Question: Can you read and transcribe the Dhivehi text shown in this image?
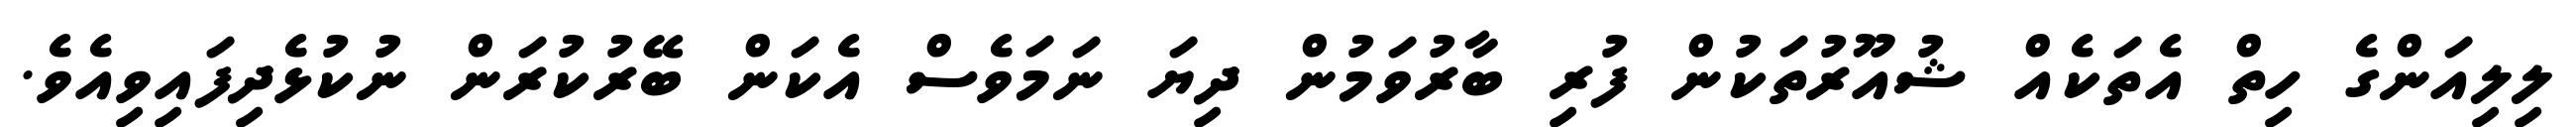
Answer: ލިލިއަންގެ ހިތް އެތަކެއް ޝުއޫރުތަކުން ފުރި ބާރުވަމުން ދިޔަ ނަމަވެސް އެކަން ބޭރުކުރަން ނުކުޅެދިފައިވިއެވެ.